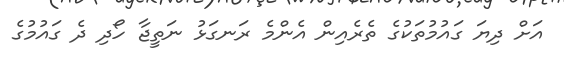
އަށް ދިޔަ ގައުމުތަކުގެ ތެރެއިން އެންމެ ރަނގަޅު ނަތީޖާ ހޯދި ދެ ގައުމުގެ